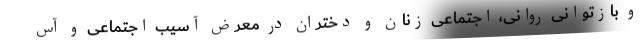
و بازتوانی روانی، اجتماعی زنان و دختران در معرض آسیب اجتماعی و آس